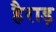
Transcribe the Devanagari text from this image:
हैराड़